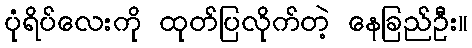
ပုံရိပ်လေးကို ထုတ်ပြလိုက်တဲ့ နေခြည်ဦး။